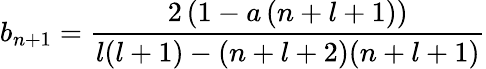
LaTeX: b_{n+1}=\frac{2\left(1-a\left(n+l+1\right)\right)}{l(l+1)-(n+l+2)(n+l+1)}